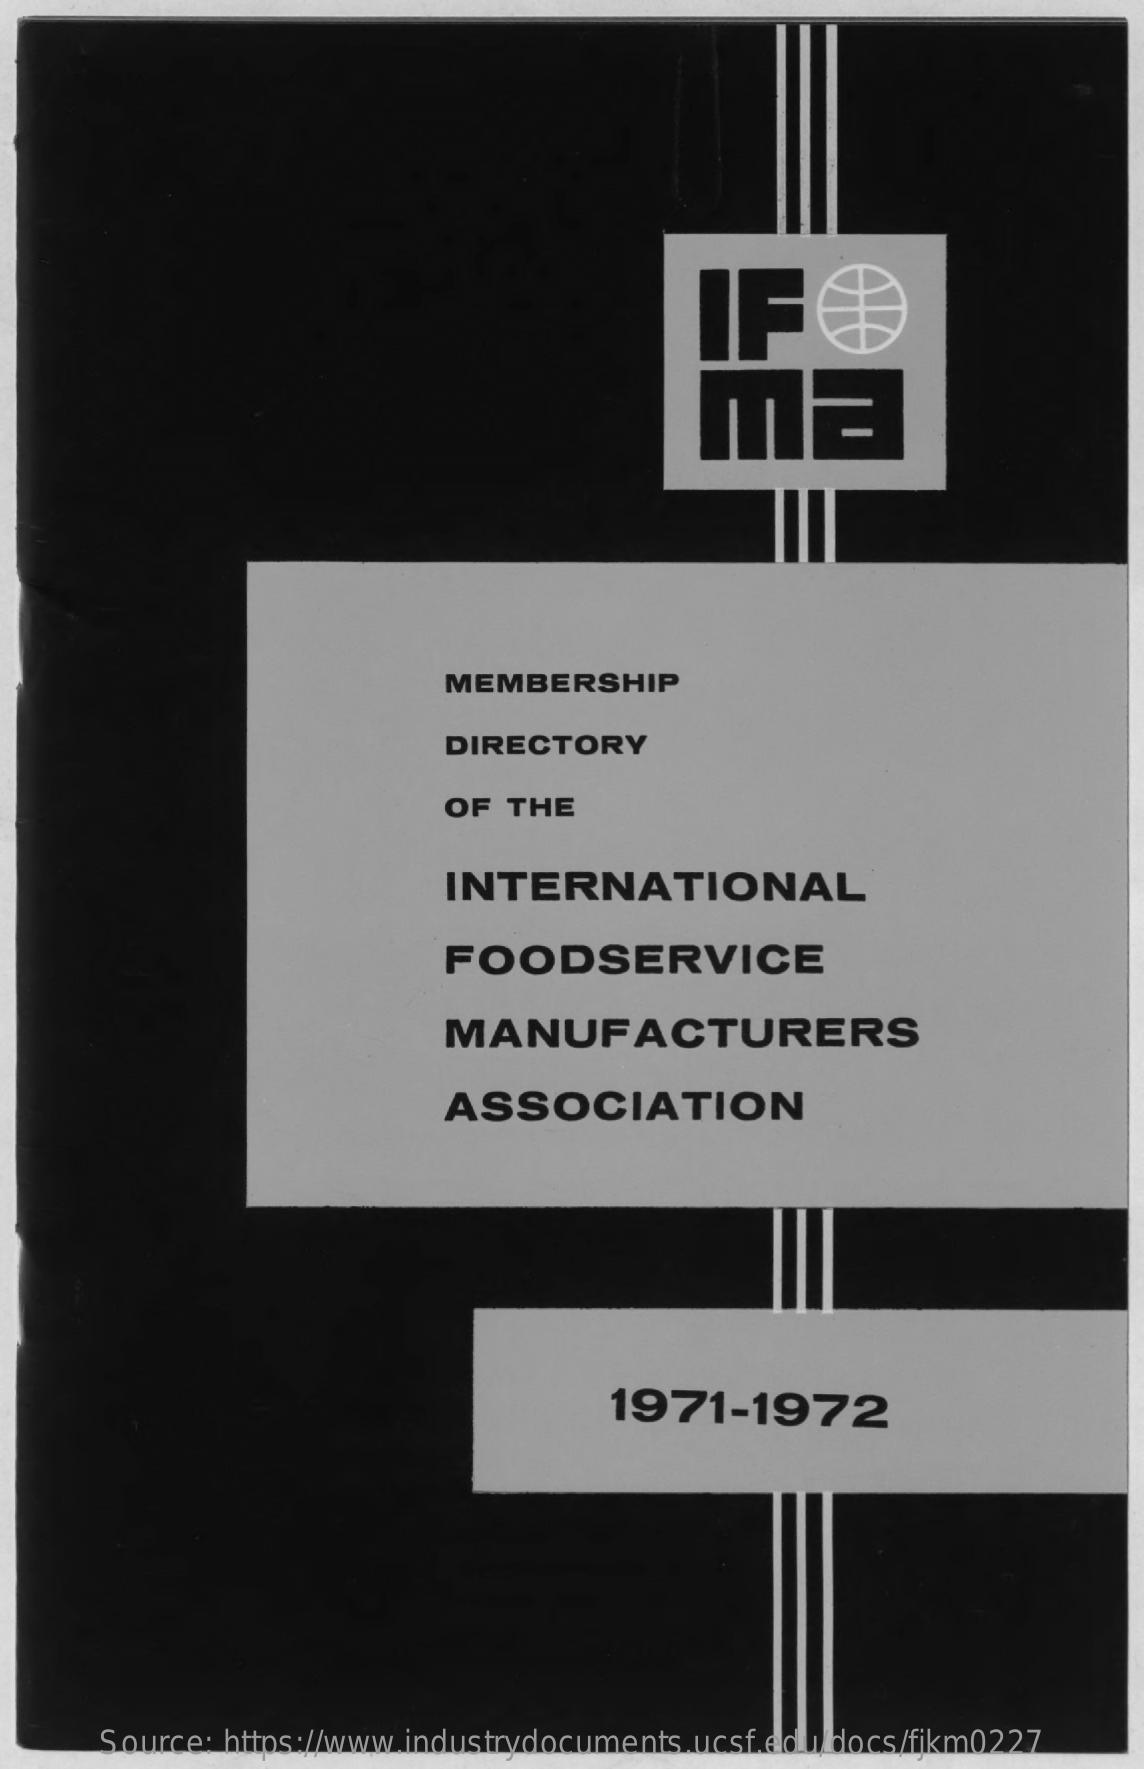
IF
     ME
     MEMBERSHIP
     DIRECTORY
     OF  THE
     INTERNATIONAL
     FOODSERVICE
     MANUFACTURERS
     ASSOCIATION
     1971-1972
     Source: https://www.industrydocuments.ucsf.edu/docs/fjkm0227